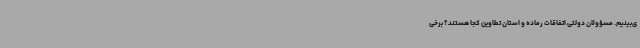
ی‌بینیم. مسؤولان دولتی اتفاقات رماده و استان تطاوین کجا هستند؟ برخی